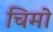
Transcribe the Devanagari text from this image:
चिमो